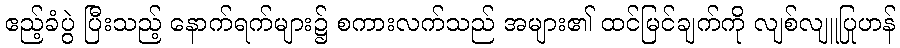
ဧည့်ခံပွဲ ပြီးသည့် နောက်ရက်များ၌ စကားလက်သည် အများ၏ ထင်မြင်ချက်ကို လျစ်လျူပြုဟန်